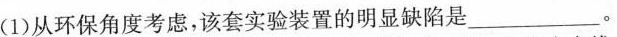
(1)从环保角度考虑，该套实验装置的明显缺陷是___。